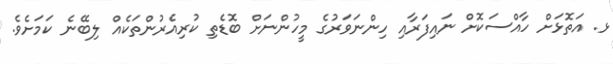
ޅ. އަތޮޅަށް ހާއްސަކޮށް ނައިފަރާއި ހިންނަވަރުގެ މީހުންނަށް ބޮޑެތި ކުރިއެރުންތަކެއް ލިބޭނެ ކަމަށެވެ.